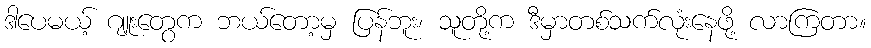
ဒါပေမယ့် ဂျူးတွေက ဘယ်တော့မှ ပြန်ဘူး၊ သူတို့က ဒီမှာတစ်သက်လုံးနေဖို့ လာကြတာ။